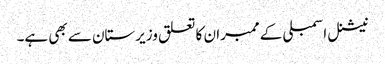
نیشنل اسمبلی کے ممبران کا تعلق وزیرستان سے بھی ہے۔